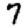
Digit: 7